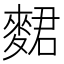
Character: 𪌺